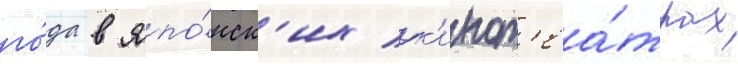
го́да в япо́нск'их к'инот'еа́трах